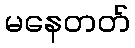
မနေတတ်